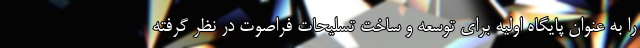
را به عنوان پایگاه اولیه برای توسعه و ساخت تسلیحات فراصوت در نظر گرفته